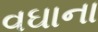
વઘાના